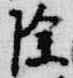
除